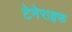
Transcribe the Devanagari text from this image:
टेनेराइफ